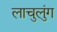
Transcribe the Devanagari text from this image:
लाचुलुंग